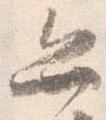
弁